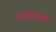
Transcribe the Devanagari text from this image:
आमंत्रणांची